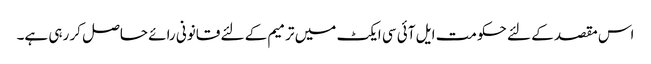
اس مقصد کے لئے حکومت ایل آئی سی ایکٹ میں ترمیم کے لئے قانونی رائے حاصل کر رہی ہے۔